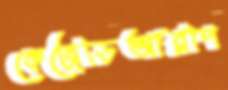
কেজেডিআরপি